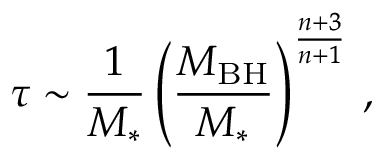
\tau \sim { \frac { 1 } { M _ { * } } } \left( { \frac { M _ { \mathrm { B H } } } { M _ { * } } } \right) ^ { \frac { n + 3 } { n + 1 } } \, ,